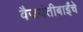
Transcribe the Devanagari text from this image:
वैजयंतीबाईंचे